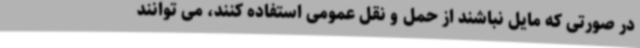
در صورتی که مایل نباشند از حمل و نقل عمومی استفاده کنند، می توانند